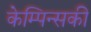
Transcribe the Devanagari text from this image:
केम्पिन्सकी